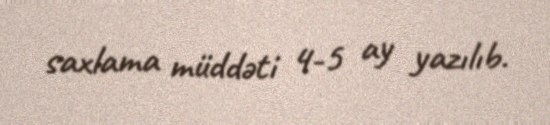
saxlama müddəti 4-5 ay yazılıb.